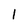
Character: l